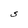
Character: S